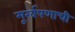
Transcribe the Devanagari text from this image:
मूर्खपणाची